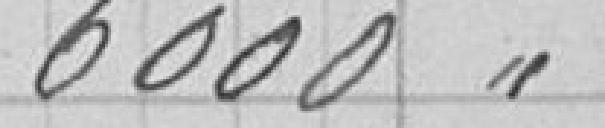
6 000